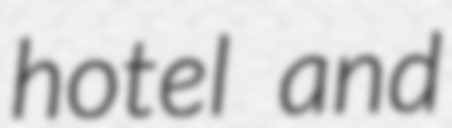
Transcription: hotel and